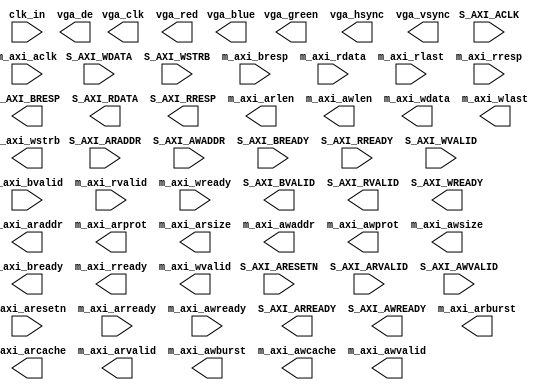
module xillyvga_core
  (
  input  S_AXI_ACLK,
  input [31:0] S_AXI_ARADDR,
  input  S_AXI_ARESETN,
  input  S_AXI_ARVALID,
  input [31:0] S_AXI_AWADDR,
  input  S_AXI_AWVALID,
  input  S_AXI_BREADY,
  input  S_AXI_RREADY,
  input [31:0] S_AXI_WDATA,
  input [3:0] S_AXI_WSTRB,
  input  S_AXI_WVALID,
  input  clk_in,
  input  m_axi_aclk,
  input  m_axi_aresetn,
  input  m_axi_arready,
  input  m_axi_awready,
  input [1:0] m_axi_bresp,
  input  m_axi_bvalid,
  input [31:0] m_axi_rdata,
  input  m_axi_rlast,
  input [1:0] m_axi_rresp,
  input  m_axi_rvalid,
  input  m_axi_wready,
  output  S_AXI_ARREADY,
  output  S_AXI_AWREADY,
  output [1:0] S_AXI_BRESP,
  output  S_AXI_BVALID,
  output [31:0] S_AXI_RDATA,
  output [1:0] S_AXI_RRESP,
  output  S_AXI_RVALID,
  output  S_AXI_WREADY,
  output [31:0] m_axi_araddr,
  output [1:0] m_axi_arburst,
  output [3:0] m_axi_arcache,
  output [3:0] m_axi_arlen,
  output [2:0] m_axi_arprot,
  output [2:0] m_axi_arsize,
  output  m_axi_arvalid,
  output [31:0] m_axi_awaddr,
  output [1:0] m_axi_awburst,
  output [3:0] m_axi_awcache,
  output [3:0] m_axi_awlen,
  output [2:0] m_axi_awprot,
  output [2:0] m_axi_awsize,
  output  m_axi_awvalid,
  output  m_axi_bready,
  output  m_axi_rready,
  output [31:0] m_axi_wdata,
  output  m_axi_wlast,
  output [3:0] m_axi_wstrb,
  output  m_axi_wvalid,
  output vga_clk,
  output [7:0] vga_blue,
  output [7:0] vga_green,
  output  vga_hsync,
  output [7:0] vga_red,
  output  vga_de,
  output  vga_vsync
);
endmodule